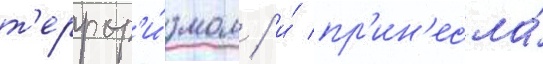
т'еррор'и́змом / и́ пр'ин'есла́